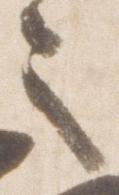
之